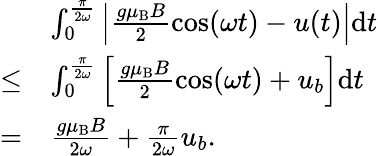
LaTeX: \begin{array}{rl}&{\int_{0}^{\frac{\pi}{2\omega}}\left|\frac{g\mu_{\mathrm{B}}B}{2}\cos(\omega t)-u(t)\right|\mathrm{d}t}\\ {\leq}&{\int_{0}^{\frac{\pi}{2\omega}}\left[\frac{g\mu_{\mathrm{B}}B}{2}\cos(\omega t)+u_{b}\right]\mathrm{d}t}\\ {=}&{\frac{g\mu_{\mathrm{B}}B}{2\omega}+\frac{\pi}{2\omega}u_{b}.}\end{array}